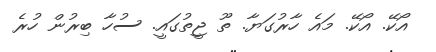
އޯކޭ. އޯކޭ. މައެ ހާރުގަޔާ. ތޫ ޖީތުގައީ. ސުހާ ބިރުން ހުރެ